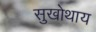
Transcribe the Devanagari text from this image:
सुखोथाय